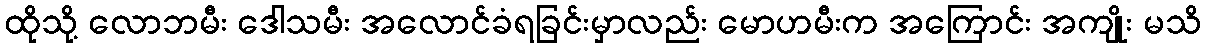
ထိုသို့ လောဘမီး ဒေါသမီး အလောင်ခံရခြင်းမှာလည်း မောဟမီးက အကြောင်း အကျိုး မသိ